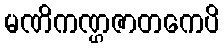
မဏိကဏ္ဌဇာတကေပိ